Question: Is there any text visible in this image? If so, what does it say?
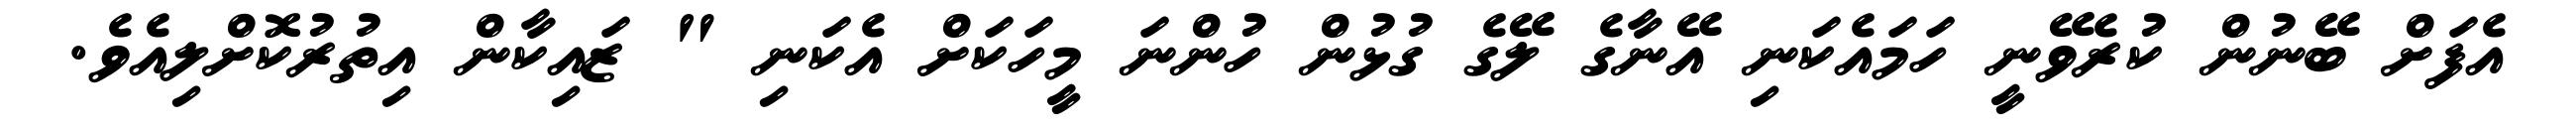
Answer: އެފަށް ބޭނުން ކުރެވޭނީ ހަމައެކަނި އޭނާގެ ލޭގެ ގުޅުން ހުންނަ މީހަކަށް އެކަނި " ޒައިކާން އިތުރުކޮށްލިއެވެ.